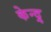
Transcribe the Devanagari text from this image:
केन्द्र्